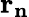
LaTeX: \mathbf{r_{n}}